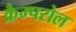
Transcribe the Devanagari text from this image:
क्रैम्परोल